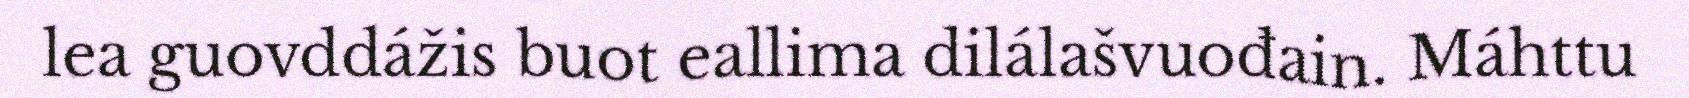
lea guovddážis buot eallima dilálašvuođain. Máhttu